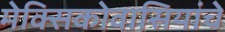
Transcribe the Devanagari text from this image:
मेक्सिकोवासियांचे